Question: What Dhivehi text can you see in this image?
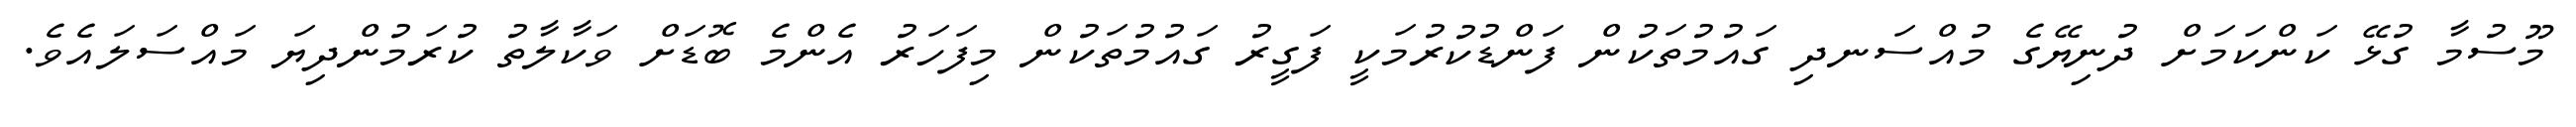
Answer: މޫސުމާ ގުޅޭ ކަންކަމަށް ދުނިޔޭގެ މުއްސަނދި ގައުމުތަކުން ފަންޑުކުރުމަކީ ފަގީރު ގައުމުތަކުން މިފަހަރު އެންމެ ބޮޑަށް ވަކާލާތު ކުރަމުންދިޔަ މައްސަލައެވެ.